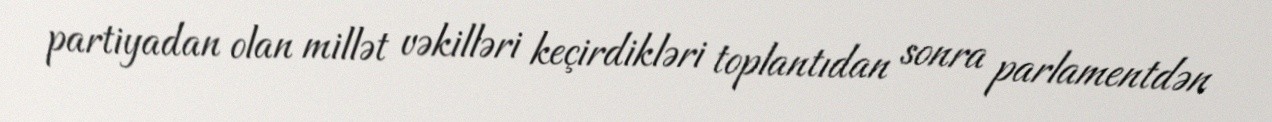
partiyadan olan millət vəkilləri keçirdikləri toplantıdan sonra parlamentdən